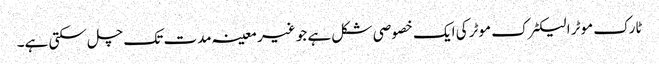
ٹارک موٹر الیکٹرک موٹر کی ایک خصوصی شکل ہے جو غیر معینہ مدت تک چل سکتی ہے۔